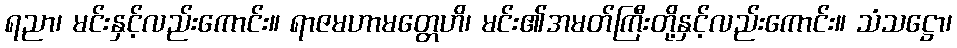
ရညာ၊ မင်းနှင့်လည်းကောင်း။ ရာဇမဟာမတ္တေဟိ၊ မင်း၏အမတ်ကြီးတို့နှင့်လည်းကောင်း။ သံသဋ္ဌော၊